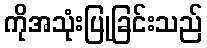
ကိုအသုံးပြုခြင်းသည်